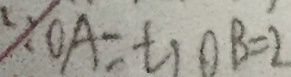
\because O A = t _ { 1 } O B = 2